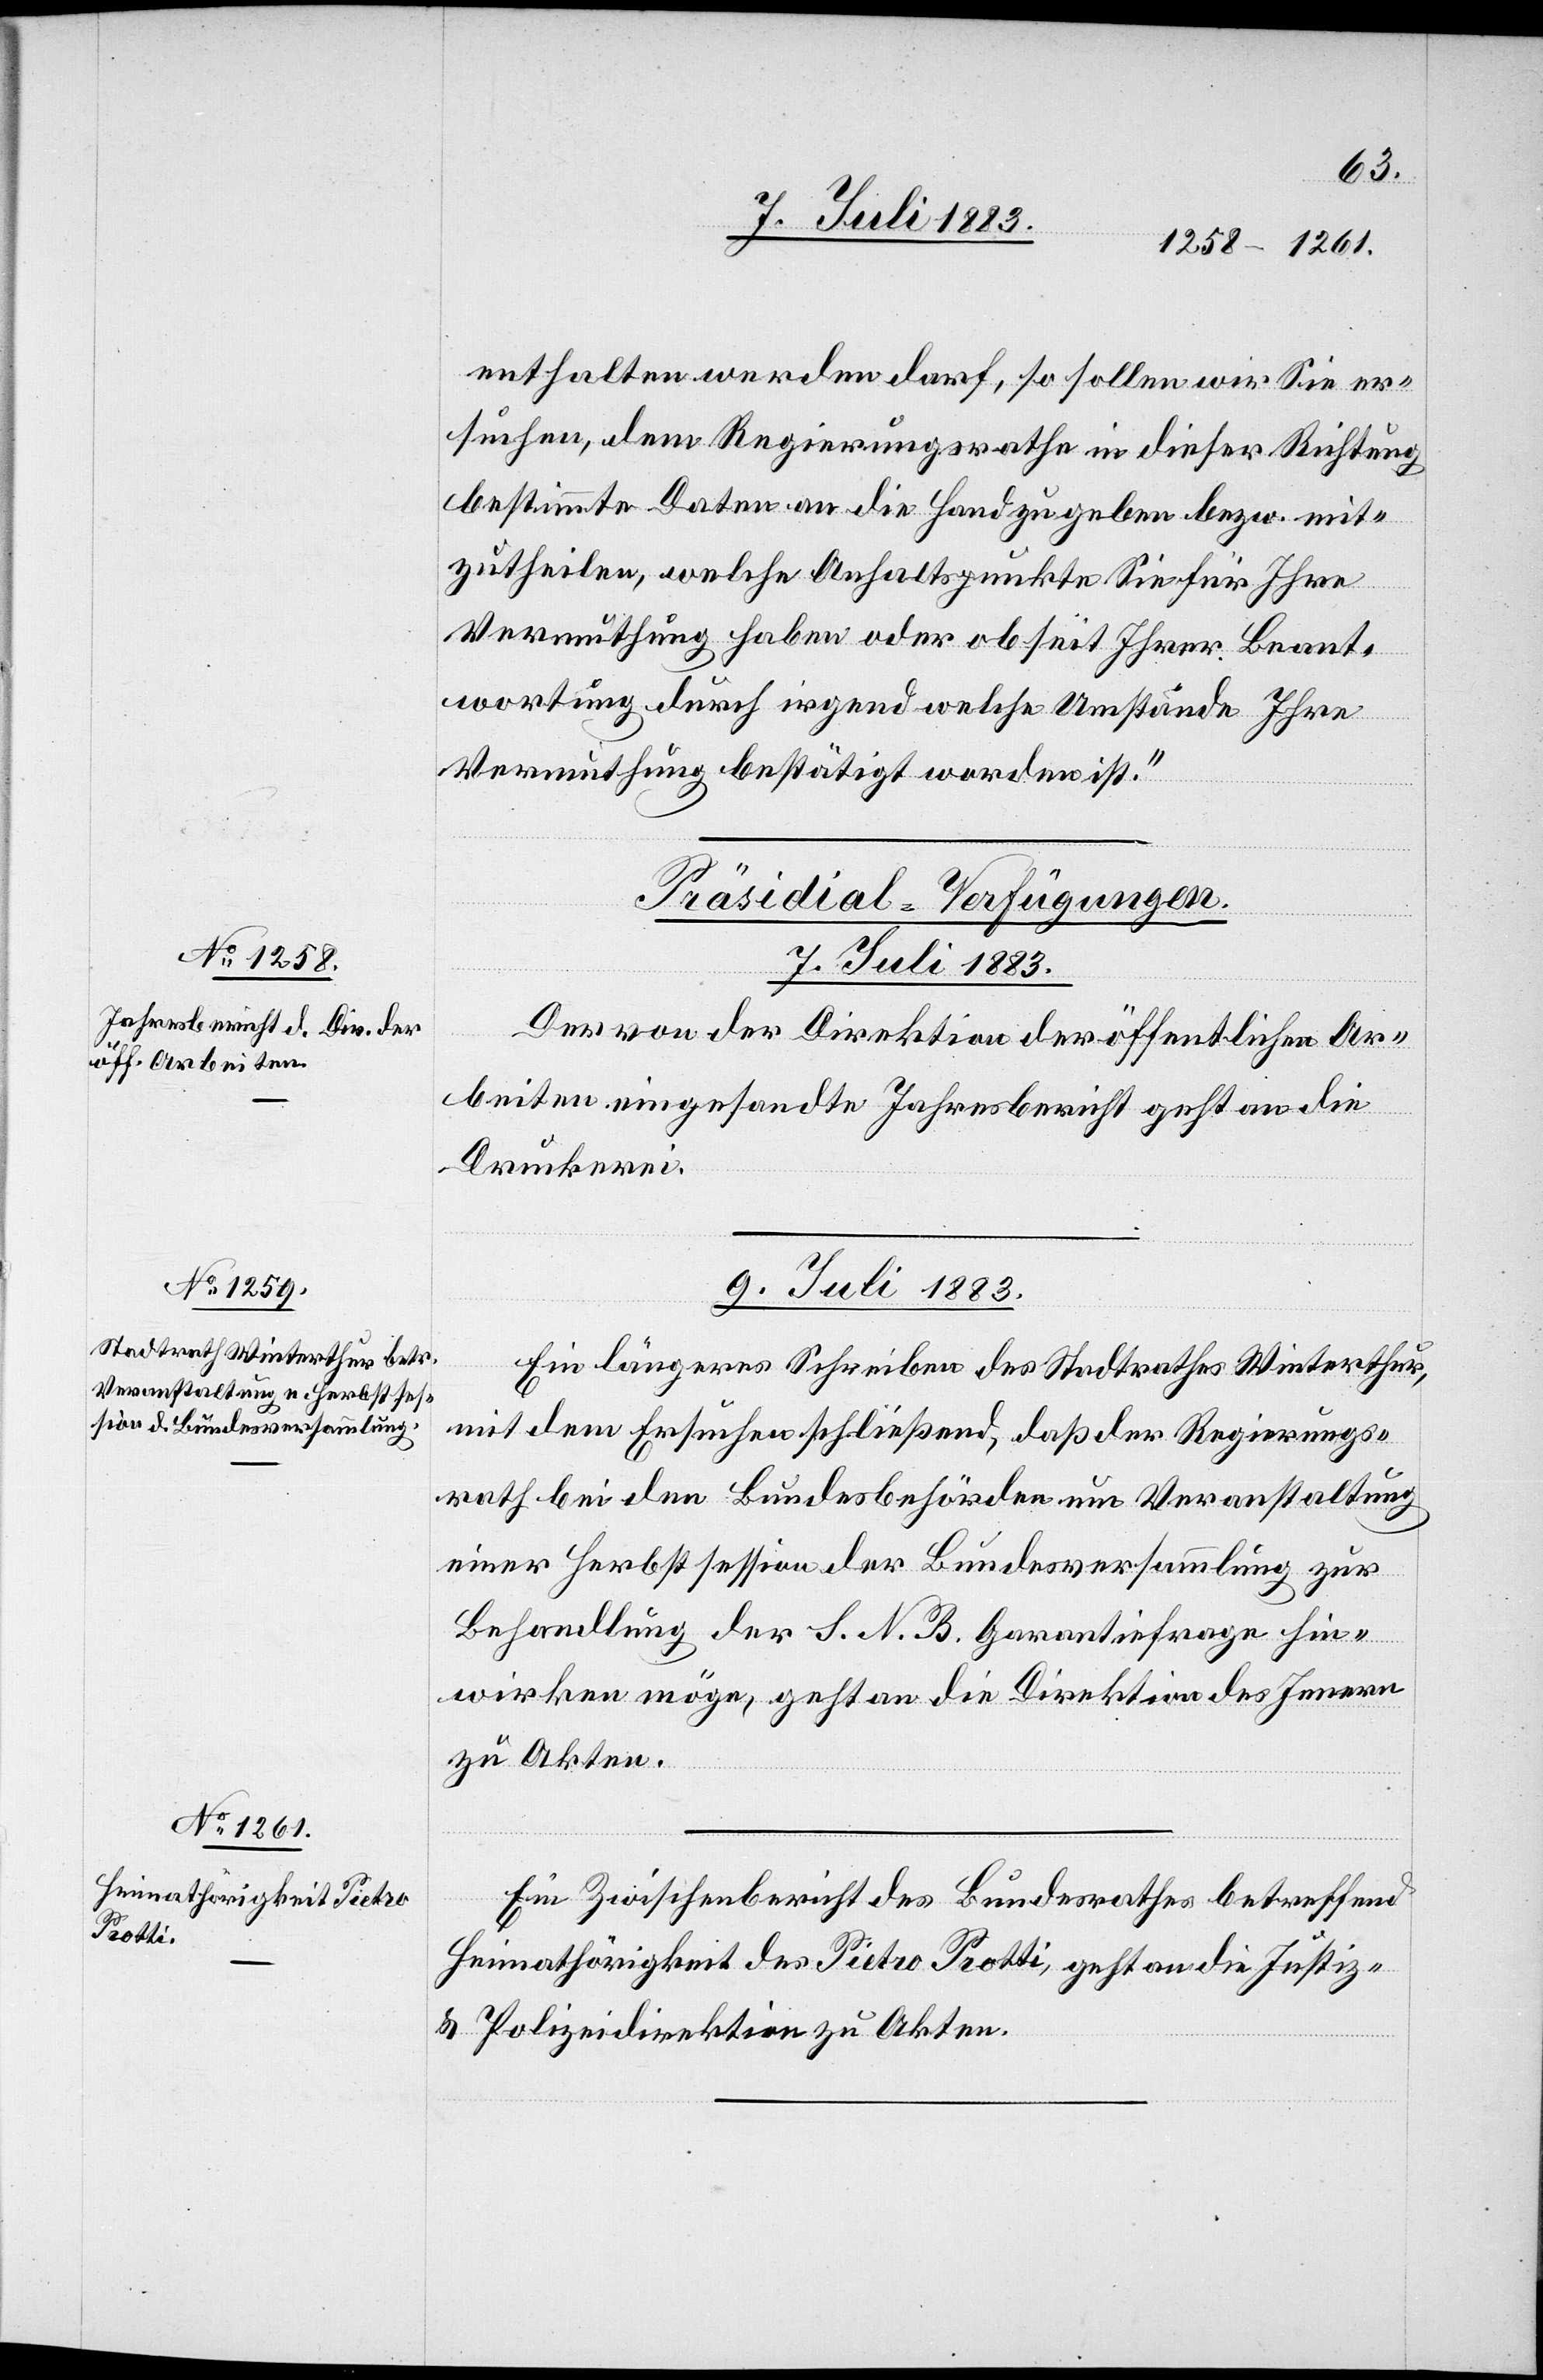
enthalten werden darf, so sollen wir Sie er¬
suchen, dem Regierungsrathe in dieser Richtung
bestimmte Daten an die Hand zu geben bezw. mit¬
zutheilen, welche Anhaltspunkte Sie für Ihre
Vermuthung haben oder ob seit Ihrer Beant¬
wortung durch irgend welche Umstände Ihre
Vermuthung bestätigt worden ist.“
[Präsidial-Verfügungen.
7. Juli 1883.
Der von der Direktion der öffentlichen Ar¬
beiten eingesandte Jahresbericht geht an die
Druckerei.
9. Juli 1883.]
Ein längeres Schreiben des Stadtrathes Winterthur,
mit dem Ersuchen schließend, daß der Regierungs¬
rath bei den Bundesbehörden um Veranstaltung
einer Herbstsession der Bundesversammlung zur
Behandlung der S. N. B. Garantiefrage hin¬
wirken möge, geht an die Direktion des Innern
zu Akten.
Ein Zwischenbericht des Bundesrathes betreffend
Heimathörigkeit des Pietro Piotti, geht an die Justiz-
& Polizeidirektion zu Akten.